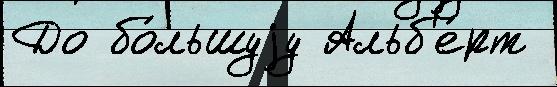
До бо́льшуjу Альб'е́рт